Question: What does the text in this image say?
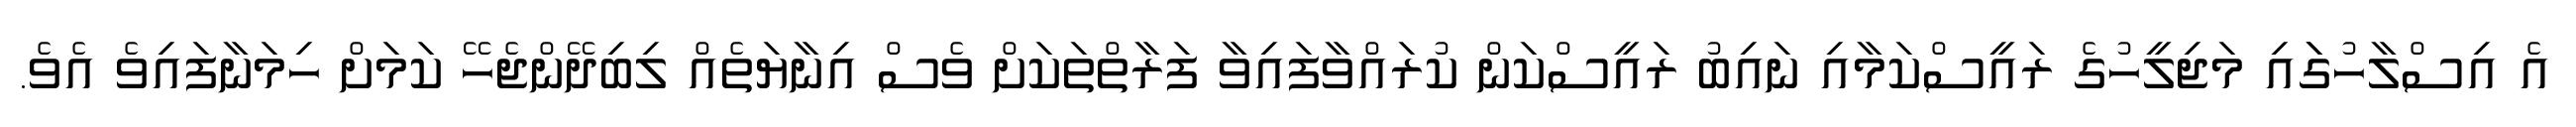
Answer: އެ އިސްލާހުގަައި މަޖިލީހުގެ ރައީސްކަމާއި ނައިބު ރައީސްކަން ކުރައްވާފައިވާ ފަރާތްތަކަށް ވެސް އިނާޔަތެއް ލިބިދޭންޖެހޭ ކަމަށް ހިމަނާފައިވެ އެވެ.